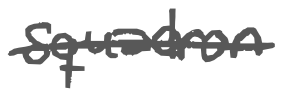
Text: squadron
Cross-out: single-line
Writing tool: digital_gray